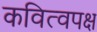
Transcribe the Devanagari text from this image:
कवित्वपक्ष